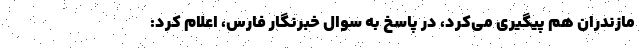
مازندران هم پیگیری می‌کرد، در پاسخ به سوال خبرنگار فارس، اعلام کرد: